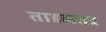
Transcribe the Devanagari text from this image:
ताडलतंत्र